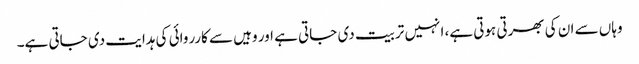
وہاں سے ان کی بھرتی ہوتی ہے، انہیں تربیت دی جاتی ہے اور وہیں سے کارروائی کی ہدایت دی جاتی ہے۔